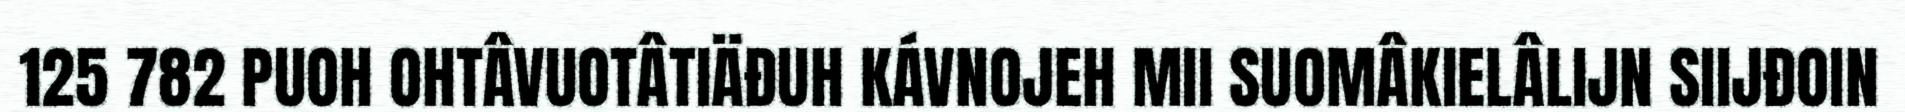
125 782 PUOH OHTÂVUOTÂTIÄĐUH KÁVNOJEH MII SUOMÂKIELÂLIJN SIIJĐOIN